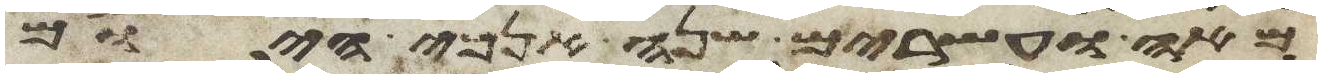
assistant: מאה ועשרים שנה אנכי היום